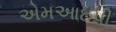
એમઆઇપી